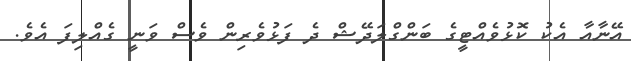
އޭނާއާ އެކު ކޮޅުވެއްޓީގެ ބަންގްލަދޭޝް ދެ ފަޅުވެރިން ވެސް ވަނީ ގެއްލިފަ އެވެ.